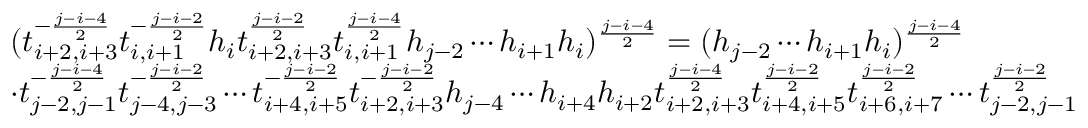
\begin{array} { r l } & { ( t _ { i + 2 , i + 3 } ^ { - \frac { j - i - 4 } { 2 } } t _ { i , i + 1 } ^ { - \frac { j - i - 2 } { 2 } } h _ { i } t _ { i + 2 , i + 3 } ^ { \frac { j - i - 2 } { 2 } } t _ { i , i + 1 } ^ { \frac { j - i - 4 } { 2 } } h _ { j - 2 } \cdots h _ { i + 1 } h _ { i } ) ^ { \frac { j - i - 4 } { 2 } } = ( h _ { j - 2 } \cdots h _ { i + 1 } h _ { i } ) ^ { \frac { j - i - 4 } { 2 } } } \\ & { \cdot t _ { j - 2 , j - 1 } ^ { - \frac { j - i - 4 } { 2 } } t _ { j - 4 , j - 3 } ^ { - \frac { j - i - 2 } { 2 } } \cdots t _ { i + 4 , i + 5 } ^ { - \frac { j - i - 2 } { 2 } } t _ { i + 2 , i + 3 } ^ { - \frac { j - i - 2 } { 2 } } h _ { j - 4 } \cdots h _ { i + 4 } h _ { i + 2 } t _ { i + 2 , i + 3 } ^ { \frac { j - i - 4 } { 2 } } t _ { i + 4 , i + 5 } ^ { \frac { j - i - 2 } { 2 } } t _ { i + 6 , i + 7 } ^ { \frac { j - i - 2 } { 2 } } \cdots t _ { j - 2 , j - 1 } ^ { \frac { j - i - 2 } { 2 } } } \end{array}